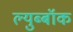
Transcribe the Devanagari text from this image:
ल्युब्बॉक